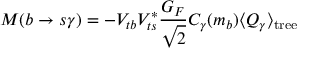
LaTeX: { \cal M } ( b \to s \gamma ) = - V _ { t b } V _ { t s } ^ { * } { \frac { G _ { F } } { \sqrt { 2 } } } C _ { \gamma } ( m _ { b } ) \langle Q _ { \gamma } \rangle _ { \mathrm { t r e e } }